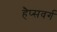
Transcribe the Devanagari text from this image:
हैप्सवर्ग